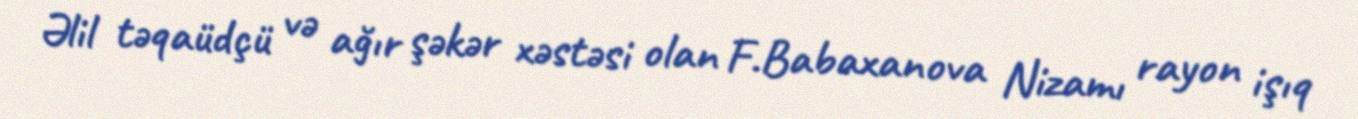
Əlil təqaüdçü və ağır şəkər xəstəsi olan F.Babaxanova Nizamı rayon işıq